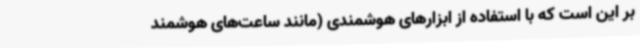
بر این است که با استفاده از ابزارهای هوشمندی (مانند ساعت‌های هوشمند